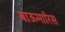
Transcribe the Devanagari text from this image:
बाऊमारिस